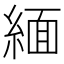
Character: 緬